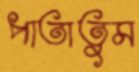
পাতাতুম